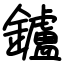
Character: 鑪